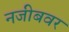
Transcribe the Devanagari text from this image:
नजीबवर